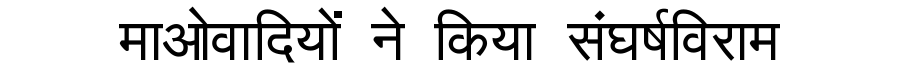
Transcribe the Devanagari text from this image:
माओवादियों ने किया संघर्षविराम